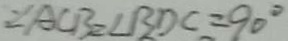
: \angle A C B = \angle B D C = 9 0 ^ { \circ }